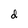
Character: d